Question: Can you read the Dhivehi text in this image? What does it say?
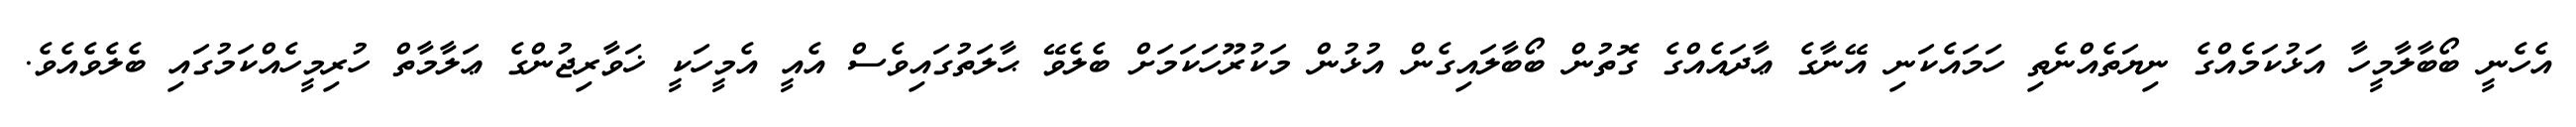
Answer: އެހެނީ ބޯބާލާމީހާ އަޅުކަމެއްގެ ނިޔަތެއްނެތި ހަމައެކަނި އޭނާގެ ޢާދައެއްގެ ގޮތުން ބޯބާލައިގެން އުޅުން މަކުރޫހަކަމަށް ބެލެވޭ ޙާލަތުގައިވެސް އެއީ އެމީހަކީ ޚަވާރިޖުންގެ ޢަލާމާތް ހުރިމީހެއްކަމުގައި ބެލެވެއެވެ.